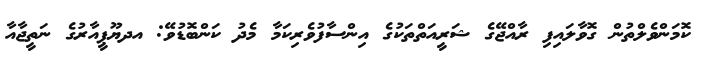
ކޮމަންވެލްތުން ގޮވާލައިފި ރާއްޖޭގެ ޝަރީއަތްތަކުގެ އިންސާފުވެރިކަމާ މެދު ކަންބޮޑުވޭ: އދޔޫޕީއާރުގެ ނަތީޖާއާ